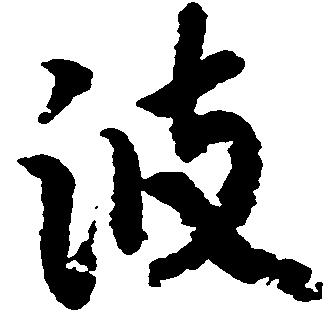
波